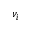
\nu _ { i }